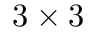
3 \times 3